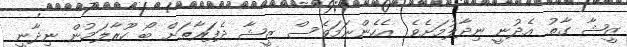
ޒީޝާ ގާތު އެދުނީ ނިދާލުމަށެވެ. އެހެންނަމަވެސް ޒީޝާ ދެފަރާތަށް ބޯ ހޫރާލަމުން ނިދާނީ